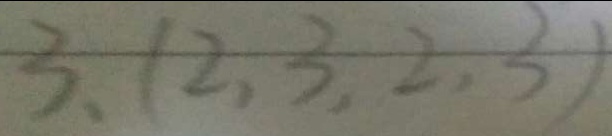
3 , ( 2 , 3 , 2 , 3 )